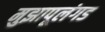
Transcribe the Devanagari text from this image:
मुझापूलंगड